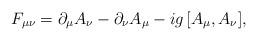
LaTeX: \begin{align*}F_{\mu\nu}=\partial_\mu A_\nu-\partial_\nu A_\mu-ig\,[A_\mu,A_\nu],\end{align*}